画像に写った文字を読んでください
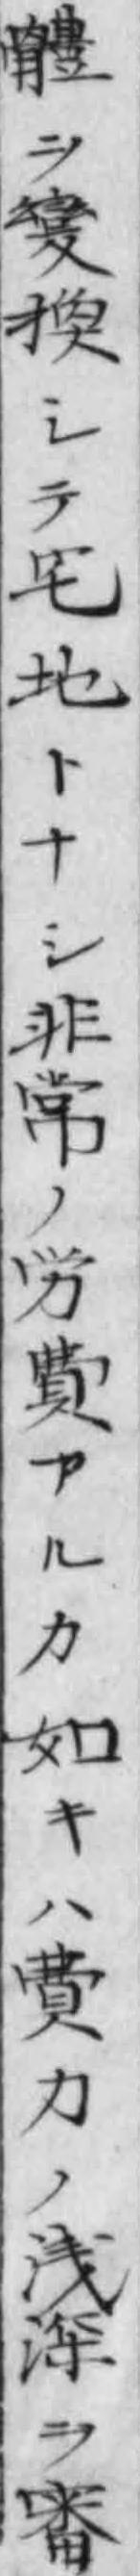
「體ヲ變換シテ宅地トナシ非常ノ労費アルカ如キハ費力ノ浅深ヲ審」と書いてあります